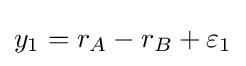
y_{1}=r_{A}-r_{B}+\varepsilon _{1}